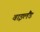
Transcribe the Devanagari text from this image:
वाइलैंड